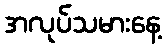
အလုပ်သမားနေ့